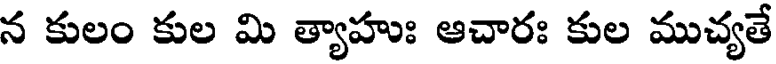
న కులం కుల మి త్యాహుః ఆచారః కుల ముచ్యతే